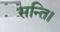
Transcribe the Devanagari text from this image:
सन्ति।